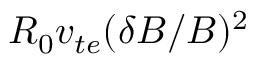
R _ { 0 } v _ { t e } ( \delta B / B ) ^ { 2 }